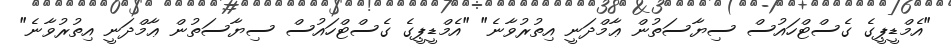
"އެމްޑީޕީގެ ގެސްޓްހައުސް ސިޔާސަތުން ޢާމްދަނީ އިތުރުވާނެ" "އެމްޑީޕީގެ ގެސްޓްހައުސް ސިޔާސަތުން ޢާމްދަނީ އިތުރުވާނެ"